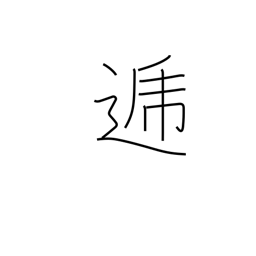
Meaning: in turn